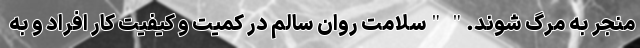
منجر به مرگ شوند." "سلامت روان سالم در کمیت و کیفیت کار افراد و به